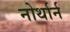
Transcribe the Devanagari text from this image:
नोर्थार्न